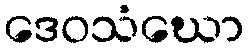
ဒေဝသံဃော